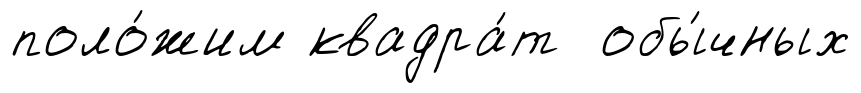
поло́жим квадра́т обы́чных